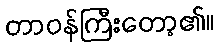
တာဝန်ကြီးတော့၏။